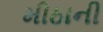
મીઠાની